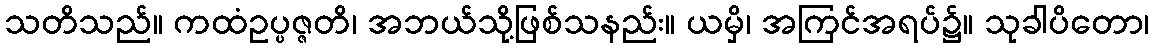
သတိသည်။ ကထံဥပ္ပဇ္ဇတိ၊ အဘယ်သို့ဖြစ်သနည်း။ ယမှိ၊ အကြင်အရပ်၌။ သုခါပိတော၊